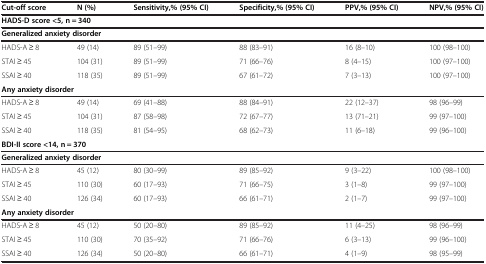
<table><thead><tr><td><b>Cut-off score</b></td><td><b>N (%)</b></td><td><b>Sensitivity,% (95% CI)</b></td><td><b>Specificity,% (95% CI)</b></td><td><b>PPV,% (95% CI)</b></td><td><b>NPV,% (95% CI)</b></td></tr></thead><tbody><tr><td colspan="6"><b>HADS-D score &lt;5, n = 340</b></td></tr><tr><td colspan="6"><b>Generalized anxiety disorder</b></td></tr><tr><td>HADS-A ≥ 8</td><td>49 (14)</td><td>89 (51–99)</td><td>88 (83–91)</td><td>16 (8–10)</td><td>100 (98–100)</td></tr><tr><td>STAI ≥ 45</td><td>104 (31)</td><td>89 (51–99)</td><td>71 (66–76)</td><td>8 (4–15)</td><td>100 (97–100)</td></tr><tr><td>SSAI ≥ 40</td><td>118 (35)</td><td>89 (51–99)</td><td>67 (61–72)</td><td>7 (3–13)</td><td>100 (97–100)</td></tr><tr><td colspan="6"><b>Any anxiety disorder</b></td></tr><tr><td>HADS-A ≥ 8</td><td>49 (14)</td><td>69 (41–88)</td><td>88 (84–91)</td><td>22 (12–37)</td><td>98 (96–99)</td></tr><tr><td>STAI ≥ 45</td><td>104 (31)</td><td>87 (58–98)</td><td>72 (67–77)</td><td>13 (71–21)</td><td>99 (97–100)</td></tr><tr><td>SSAI ≥ 40</td><td>118 (35)</td><td>81 (54–95)</td><td>68 (62–73)</td><td>11 (6–18)</td><td>99 (96–100)</td></tr><tr><td colspan="6"><b>BDI-II score &lt;14, n = 370</b></td></tr><tr><td colspan="6"><b>Generalized anxiety disorder</b></td></tr><tr><td>HADS-A ≥ 8</td><td>45 (12)</td><td>80 (30–99)</td><td>89 (85–92)</td><td>9 (3–22)</td><td>100 (98–100)</td></tr><tr><td>STAI ≥ 45</td><td>110 (30)</td><td>60 (17–93)</td><td>71 (66–75)</td><td>3 (1–8)</td><td>99 (97–100)</td></tr><tr><td>SSAI ≥ 40</td><td>126 (34)</td><td>60 (17–93)</td><td>66 (61–71)</td><td>2 (1–7)</td><td>99 (97–100)</td></tr><tr><td colspan="6"><b>Any anxiety disorder</b></td></tr><tr><td>HADS-A ≥ 8</td><td>45 (12)</td><td>50 (20–80)</td><td>89 (85–92)</td><td>11 (4–25)</td><td>98 (96–99)</td></tr><tr><td>STAI ≥ 45</td><td>110 (30)</td><td>70 (35–92)</td><td>71 (66–76)</td><td>6 (3–13)</td><td>99 (96–100)</td></tr><tr><td>SSAI ≥ 40</td><td>126 (34)</td><td>50 (20–80)</td><td>66 (61–71)</td><td>4 (1–9)</td><td>98 (95–99)</td></tr></tbody></table>